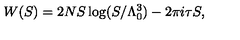
W ( S ) = 2 N S \log ( S / \Lambda _ { 0 } ^ { 3 } ) - 2 \pi i \tau S ,